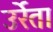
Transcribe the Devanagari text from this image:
उर्रेता